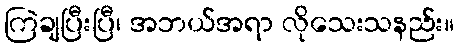
ကြဲချပြီးပြီ၊ အဘယ်အရာ လိုသေးသနည်း။